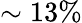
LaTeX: \sim 13\%